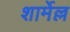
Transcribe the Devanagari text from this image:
शार्मेल्ल